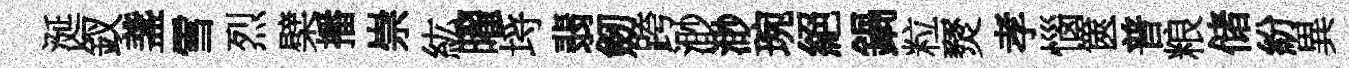
涎釵盞雪烈檗播崇紘曜埓翡劒跨渺渺琬絕鍋粒燹孝惱篋普粮储紛異